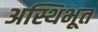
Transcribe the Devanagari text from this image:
अस्थिभूत